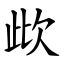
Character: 㰣